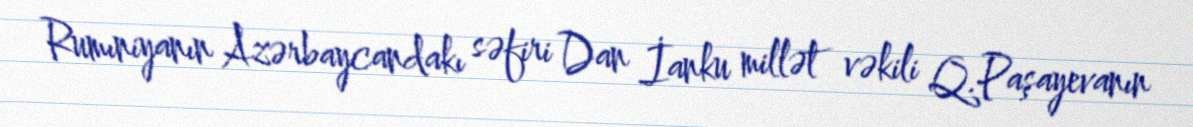
Rumıniyanın Azərbaycandakı səfiri Dan İanku millət vəkili Q.Paşayevanın